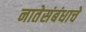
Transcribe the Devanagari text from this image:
नातेसंबंधाचे